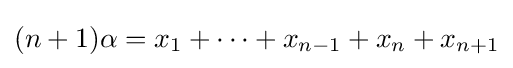
(n+1)\alpha =x_{1}+\cdots +x_{n-1}+x_{n}+x_{n+1}